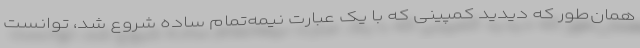
همان‌طور که دیدید کمپینی که با یک عبارت نیمه‌تمام ساده شروع شد، توانست